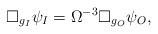
LaTeX: \begin{align*}\Box_{g_I} \psi_I = \Omega^{-3} \Box_{g_O} \psi_O , \end{align*}